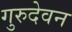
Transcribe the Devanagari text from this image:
गुरुदेवन